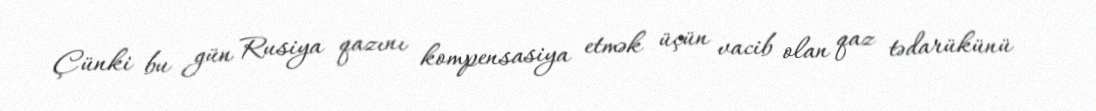
Çünki bu gün Rusiya qazını kompensasiya etmək üçün vacib olan qaz tədarükünü